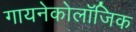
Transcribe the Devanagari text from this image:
गायनेकोलॉजिक